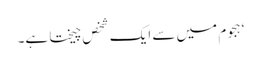
‘ ہجوم میں سے ایک شخص چیختا ہے۔